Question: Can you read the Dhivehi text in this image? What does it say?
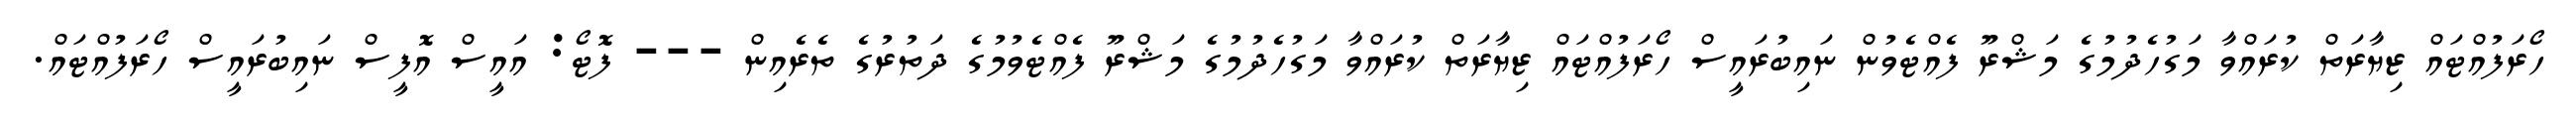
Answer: ހޯރަފުއްޓައް ޒިޔާރަތް ކުރައްވާ މަގުހެދުމުގެ މަޝްރޫ ފެއްޓެވުން ނައިބުރައީސް ހޯރަފުއްޓައް ޒިޔާރަތް ކުރައްވާ މަގުހެދުމުގެ މަޝްރޫ ފެއްޓެވުމުގެ ދަތުރުގެ ތެރެއިން --- ފޮޓޯ: އައީސް އޮފީސް ނައިބުރައީސް ހޯރަފުއްޓައް.